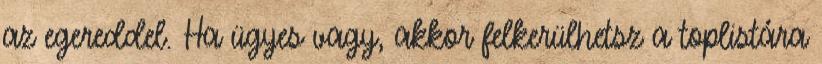
az egereddel. Ha ügyes vagy, akkor felkerülhetsz a toplistára